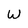
Character: W